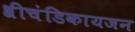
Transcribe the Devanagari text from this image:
श्रीचंडिकायजन